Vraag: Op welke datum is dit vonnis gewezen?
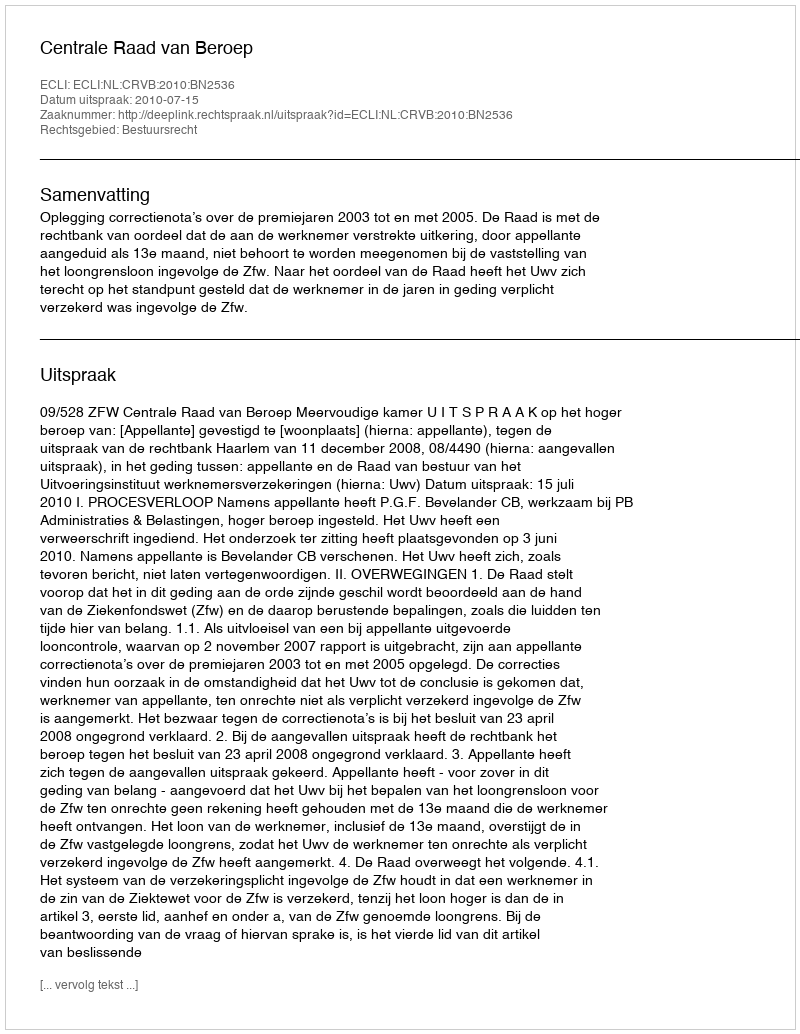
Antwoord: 2010-07-15